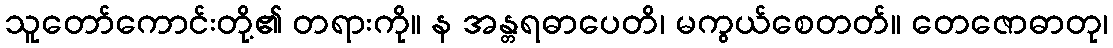
သူတော်ကောင်းတို့၏ တရားကို။ န အန္တရဓာပေတိ၊ မကွယ်စေတတ်။ တေဇောဓာတု၊